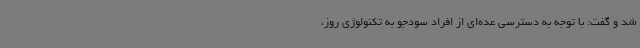
شد و گفت: با توجه به دسترسی عده‌ای از افراد سودجو به تکنولوژی روز،